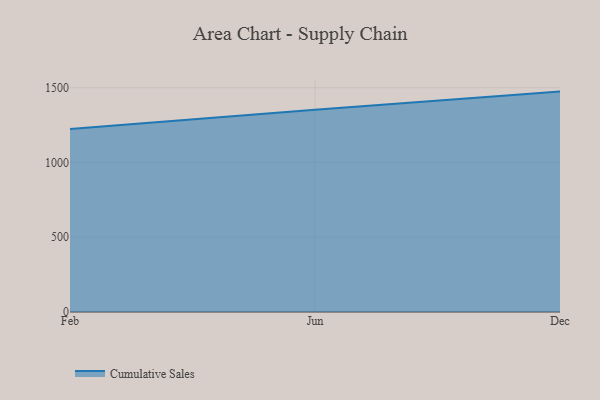
{"axis": {"x": "Month", "y": "Humidity (%)"}, "legend": ["Cumulative Sales"], "data": [{"x": "Feb", "y": 1224.3, "type": "Cumulative Sales"}, {"x": "Jun", "y": 1352.6, "type": "Cumulative Sales"}, {"x": "Dec", "y": 1474.0, "type": "Cumulative Sales"}]}